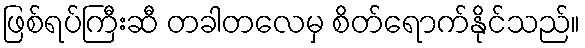
ဖြစ်ရပ်ကြီးဆီ တခါတလေမှ စိတ်ရောက်နိုင်သည်။